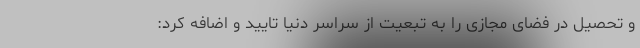
و تحصیل در فضای مجازی را به تبعیت از سراسر دنیا تایید و اضافه کرد: